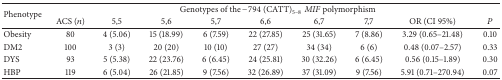
<table><thead><tr><td rowspan="2"><b>Phenotype</b></td><td colspan="9"><b>Genotypes of the −794 (CATT)<sub>5–8</sub><i>MIF</i> polymorphism</b></td></tr><tr><td><b>ACS (<i>n</i>)</b></td><td><b>5,5</b></td><td><b>5,6</b></td><td><b>5,7</b></td><td><b>6,6</b></td><td><b>6,7</b></td><td><b>7,7</b></td><td><b>OR (CI 95%)</b></td><td><b><i>P</i></b></td></tr></thead><tbody><tr><td>Obesity</td><td>80</td><td>4 (5.06)</td><td>15 (18.99)</td><td>6 (7.59)</td><td>22 (27.85)</td><td>25 (31.65)</td><td>7 (8.86)</td><td>3.29 (0.65–21.48)</td><td>0.10</td></tr><tr><td>DM2</td><td>100</td><td>3 (3)</td><td>20 (20)</td><td>10 (10)</td><td>27 (27)</td><td>34 (34)</td><td>6 (6)</td><td>0.48 (0.07–2.57)</td><td>0.33</td></tr><tr><td>DYS</td><td>93</td><td>5 (5.38)</td><td>22 (23.76)</td><td>6 (6.45)</td><td>24 (25.81)</td><td>30 (32.26)</td><td>6 (6.45)</td><td>0.56 (0.15–1.89)</td><td>0.30</td></tr><tr><td>HBP</td><td>119</td><td>6 (5.04)</td><td>26 (21.85)</td><td>9 (7.56)</td><td>32 (26.89)</td><td>37 (31.09)</td><td>9 (7.56)</td><td>5.91 (0.71–270.94)</td><td>0.07</td></tr></tbody></table>